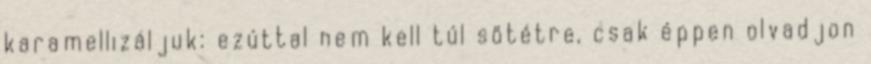
karamellizáljuk: ezúttal nem kell túl sötétre, csak éppen olvadjon